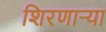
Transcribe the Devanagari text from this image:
शिरणाऱ्या